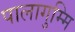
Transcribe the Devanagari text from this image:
पालागुम्मि